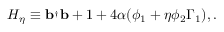
H _ { \eta } \equiv { \bf b } ^ { _ { \dagger } } { \bf b } + 1 + 4 \alpha ( \phi _ { 1 } + \eta \phi _ { 2 } \Gamma _ { 1 } ) , .